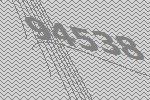
94538